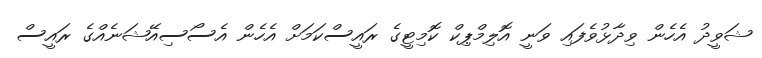
ޝަވީދު އެހެން ވިދާޅުވެފައި ވަނީ އޮލިމްޕިކް ކޮމިޓީގެ ރައީސްކަމަށް އެހެން އެސޯސިއޭޝަނެއްގެ ރައީސް